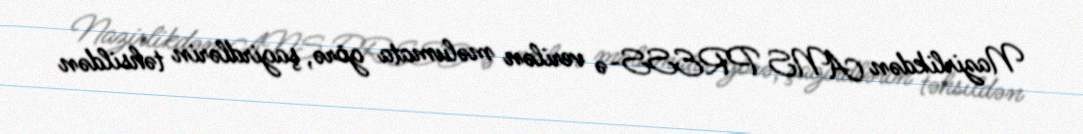
Nazirlikdən ANS PRESS-ə verilən məlumata görə, şagirdlərin təhsildən